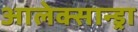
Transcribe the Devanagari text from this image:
आलेक्सान्ड्रा